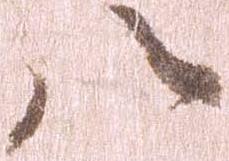
八